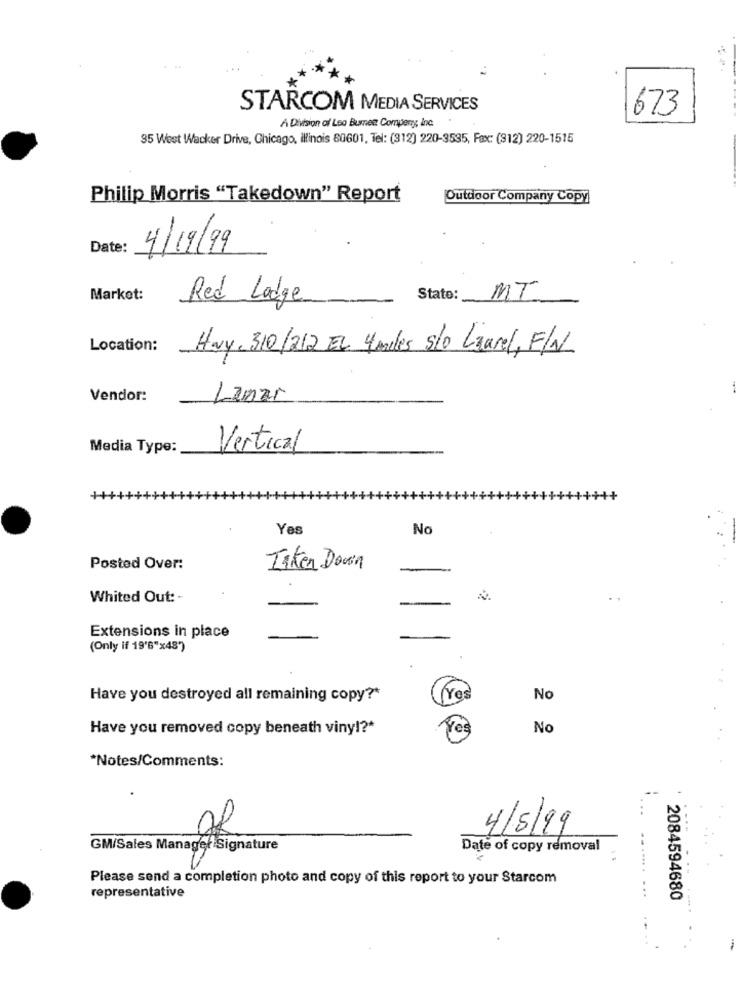
STARCOM MEDIA SERVICES
673
À Division of Leo Burmes Comperry Inc.
35 West Wacker Drive, Chicago, illinois 60601, Tel: (312) 220-3535, Fax: (312) 220-1515
-
Philip Morris "Takedown" Report
Outdoor Company Copy
Date:
4/19/99
Market:
Red Ladge
Stato:
MT
Location:
Hay, 310/212 EL 4 miles Slo Laurel, F/N
Vendor:
Lamar
Media Type:
Vertical
Yes
No
Posted Over:
Taken Down
Whited Out: -
Extensions in place
(Only if 19'6"x48')
.
Have you destroyed all remaining copy ?*
Yes
No
Have you removed copy beneath viny !?*
No
*Notes/Comments:
4/5/99
GM/Sales Manager Signature
Date of copy removal
Please send a completion photo and copy of this report to your Starcom
representative
2084594680